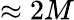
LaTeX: \approx 2M